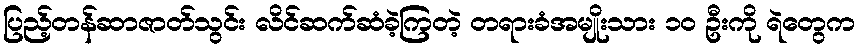
ပြည့်တန်ဆာဇာတ်သွင်း လိင်ဆက်ဆံခဲ့ကြတဲ့ တရားခံအမျိုးသား ၁၀ ဦးကို ရဲတွေက